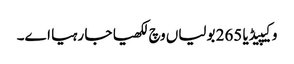
وکیپیڈیا 265 بولیاں وچ لکھیا جا رہیا اے۔